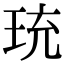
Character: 珫